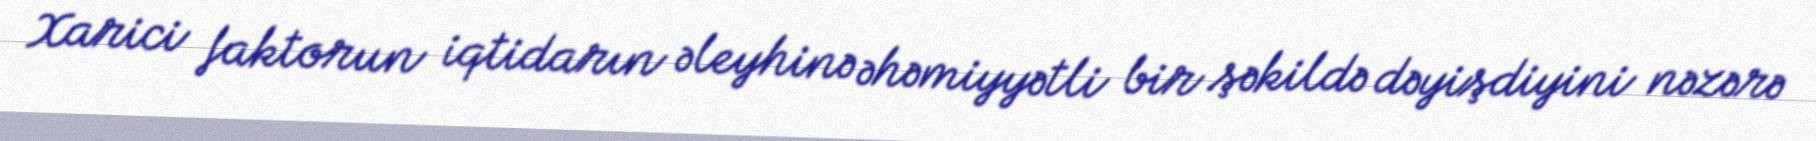
Xarici faktorun iqtidarın əleyhinə əhəmiyyətli bir şəkildə dəyişdiyini nəzərə